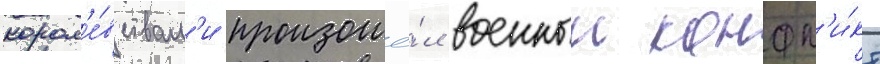
корол'е́вствам'и произошё́л военныи конфл'и́кт